Triennial report on the lunatic asylums in the province of Eastern Bengal and Assam - 1903-1911
Year: 1903
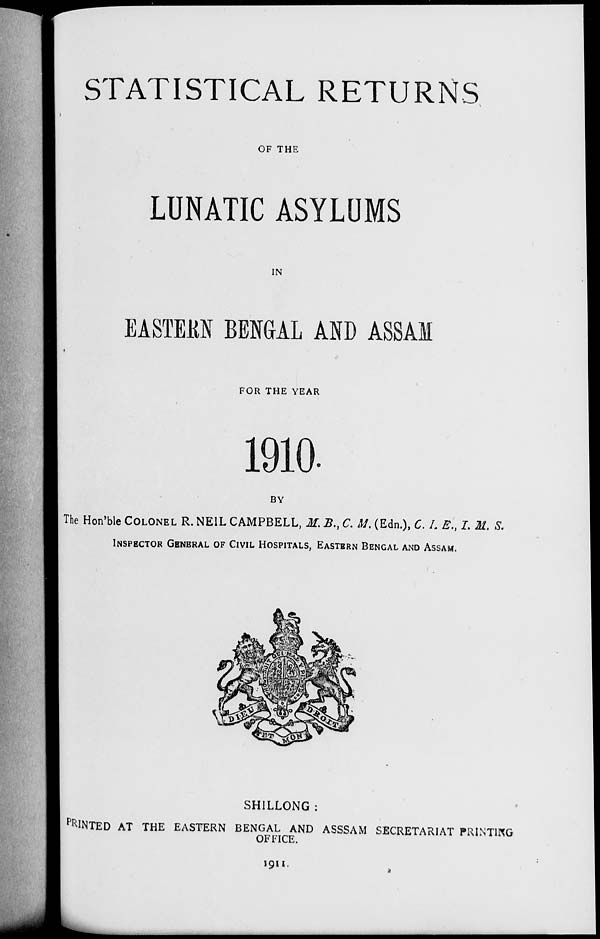
STATISTICAL RETURNS
OF THE
LUNATIC ASYLUMS
IN
EASTERN BENGAL AND ASSAM
FOR THE YEAR
1910.
BY
The Hon'ble COLONEL R. NEIL CAMPBELL, M. B., C. M. (Edn.), C. I. E., I. M. S.
INSPECTOR GENERAL OF CIVIL HOSPITALS, EASTERN BENGAL AND ASSAM.
SHILLONG :
PRINTED AT THE EASTERN BENGAL AND ASSSAM SECRETARIAT PRINTING
OFFICE.
1911.